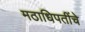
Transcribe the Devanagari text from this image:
मठाधिपतींचे